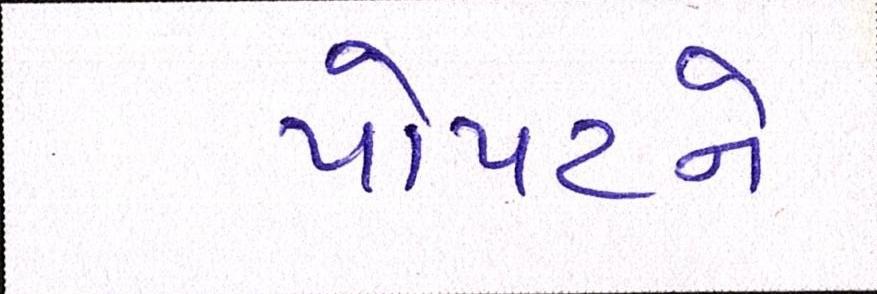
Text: પોપટને